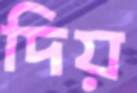
দিয়